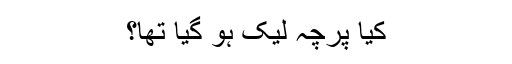
کیا پرچہ لیک ہو گیا تھا؟